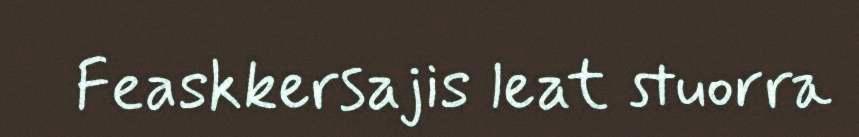
Feaskkersajis leat stuorra